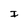
Character: I